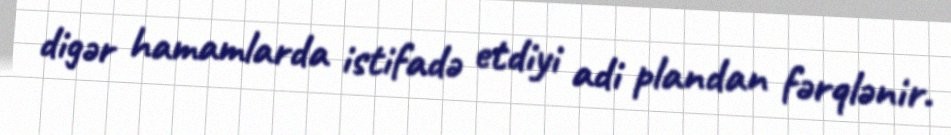
digər hamamlarda istifadə etdiyi adi plandan fərqlənir.